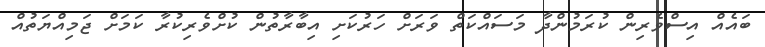
ބައެއް އިސްވެރިން ކުރަމުންދާ މަސައްކަތް ވަރަށް ހަރުކަށި އިބާރާތުން ކުށްވެރިކުރާ ކަމަށް ޖަމިއްޔަތުއް